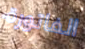
الفاتورة